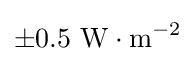
\pm 0.5\ \mathrm {W\cdot m^{-2}}